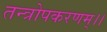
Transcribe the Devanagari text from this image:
तन्त्रोपकरणम्।।